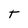
Character: t